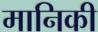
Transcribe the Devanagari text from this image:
मानिकी